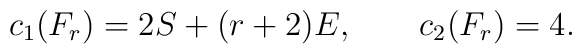
c_1(F_r)=2S + (r+2) E, \qquad c_2(F_r)=4.